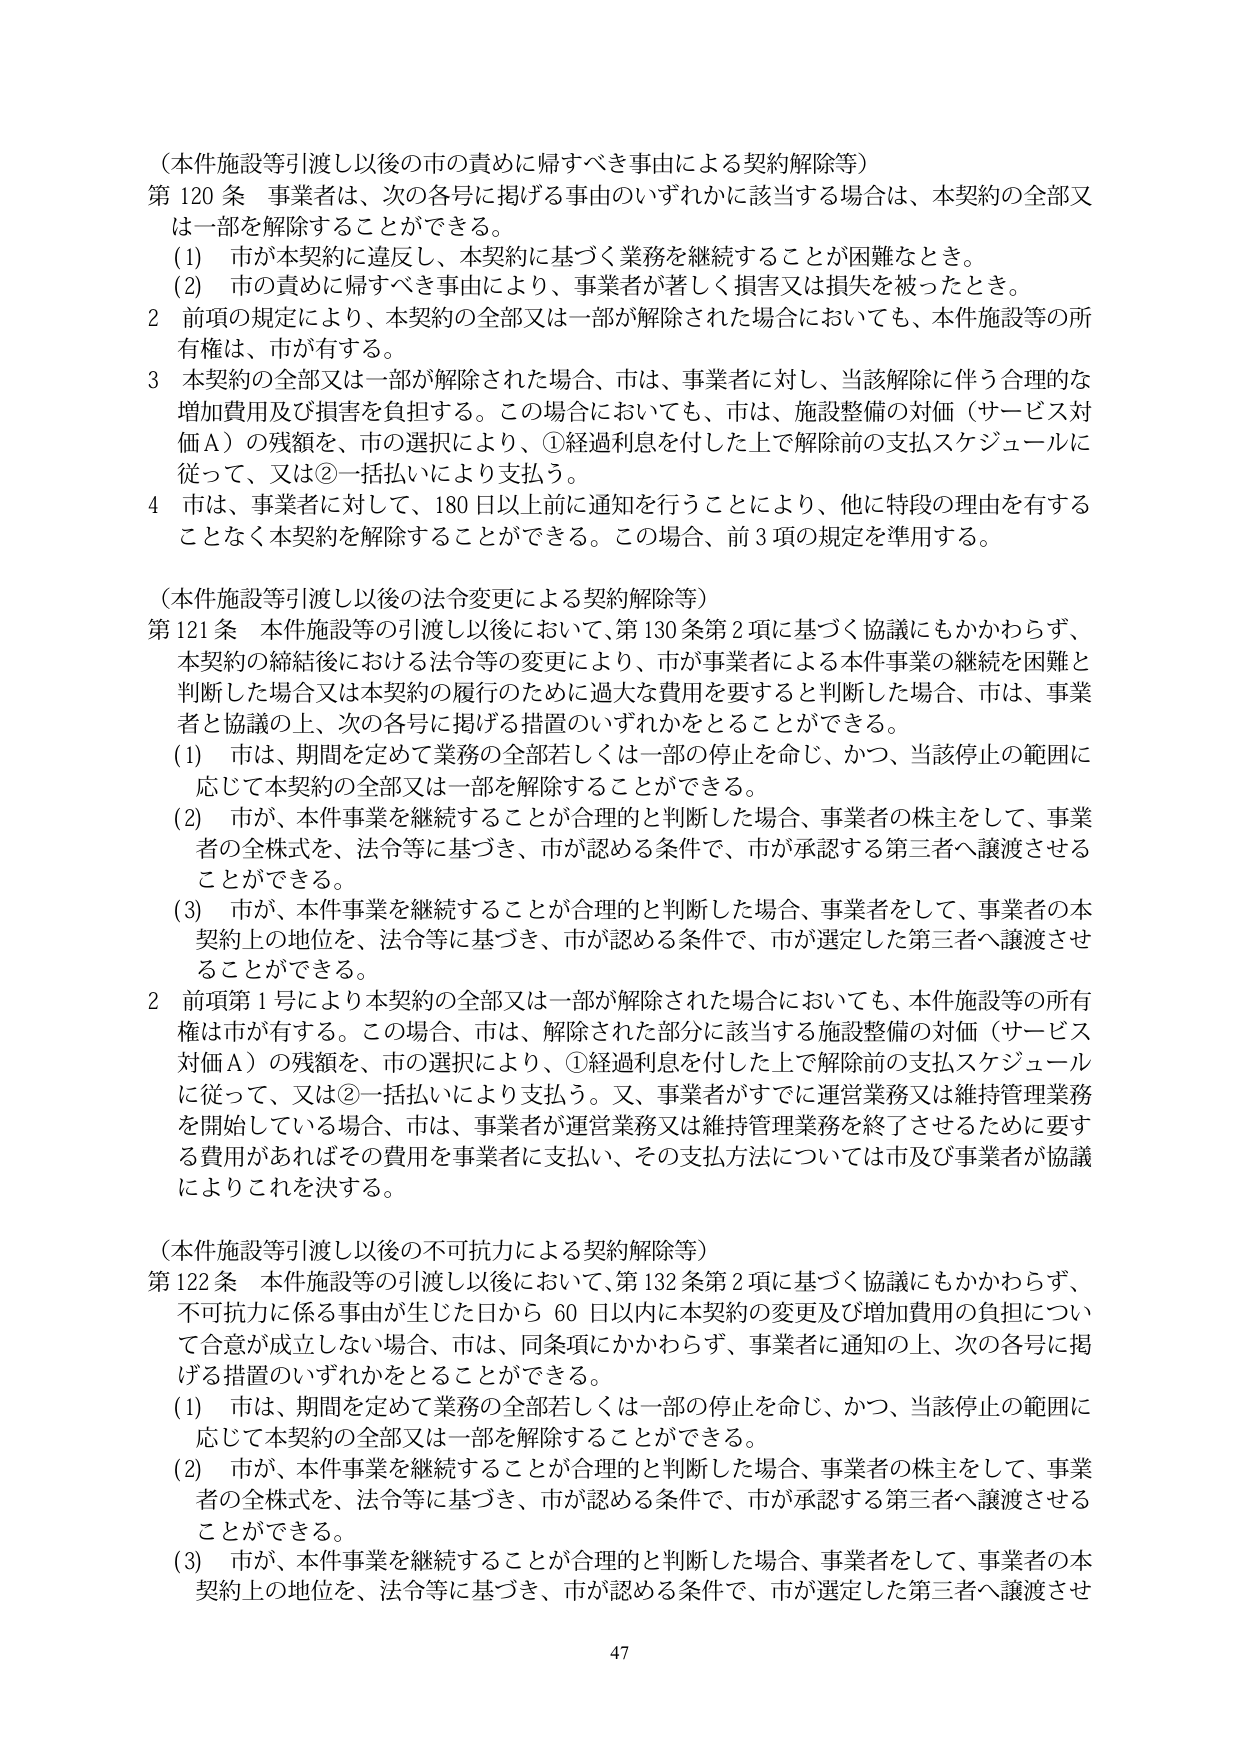
（本件施設等引渡し以後の市の責めに帰すべき事由による契約解除等）
第120条 事業者は、次の各号に掲げる事由のいずれかに該当する場合は、本契約の全部又は一部を解除することができる。
(1) 市が本契約に違反し、本契約に基づく業務を継続することが困難なとき。
(2) 市の責めに帰すべき事由により、事業者が著しく損害又は損失を被ったとき。
2 前項の規定により、本契約の全部又は一部が解除された場合においても、本件施設等の所有権は、市が有する。
3 本契約の全部又は一部が解除された場合、市は、事業者に対し、当該解除に伴う合理的な増加費用及び損害を負担する。この場合においても、市は、施設整備の対価（サービス対価Ａ）の残額を、市の選択により、①経過利息を付した上で解除前の支払スケジュールに従って、又は②一括払いにより支払う。
4 市は、事業者に対して、180日以上前に通知を行うことにより、他に特段の理由を有することなく本契約を解除することができる。この場合、前3項の規定を準用する。

（本件施設等引渡し以後の法令変更による契約解除等）
第121条 本件施設等の引渡し以後において、第130条第2項に基づく協議にもかかわらず、本契約の締結後における法令等の変更により、市が事業者による本件事業の継続を困難と判断した場合又は本契約の履行のために過大な費用を要すると判断した場合、市は、事業者と協議の上、次の各号に掲げる措置のいずれかをとることができる。
(1) 市は、期間を定めて業務の全部若しくは一部の停止を命じ、かつ、当該停止の範囲に応じて本契約の全部又は一部を解除することができる。
(2) 市が、本件事業を継続することが合理的と判断した場合、事業者の株主をして、事業者の全株式を、法令等に基づき、市が認める条件で、市が承認する第三者へ譲渡させることができる。
(3) 市が、本件事業を継続することが合理的と判断した場合、事業者をして、事業者の本契約上の地位を、法令等に基づき、市が認める条件で、市が選定した第三者へ譲渡させることができる。
2 前項第1号により本契約の全部又は一部が解除された場合においても、本件施設等の所有権は市が有する。この場合、市は、解除された部分に該当する施設整備の対価（サービス対価Ａ）の残額を、市の選択により、①経過利息を付した上で解除前の支払スケジュールに従って、又は②一括払いにより支払う。又、事業者がすでに運営業務又は維持管理業務を開始している場合、市は、事業者が運営業務又は維持管理業務を終了させるために要する費用があればその費用を事業者に支払い、その支払方法については市及び事業者が協議によりこれを決する。

（本件施設等引渡し以後の不可抗力による契約解除等）
第122条 本件施設等の引渡し以後において、第132条第2項に基づく協議にもかかわらず、不可抗力に係る事由が生じた日から60日以内に本契約の変更及び増加費用の負担について合意が成立しない場合、市は、同条項にかかわらず、事業者に通知の上、次の各号に掲げる措置のいずれかをとることができる。
(1) 市は、期間を定めて業務の全部若しくは一部の停止を命じ、かつ、当該停止の範囲に応じて本契約の全部又は一部を解除することができる。
(2) 市が、本件事業を継続することが合理的と判断した場合、事業者の株主をして、事業者の全株式を、法令等に基づき、市が認める条件で、市が承認する第三者へ譲渡させることができる。
(3) 市が、本件事業を継続することが合理的と判断した場合、事業者をして、事業者の本契約上の地位を、法令等に基づき、市が認める条件で、市が選定した第三者へ譲渡させ

47